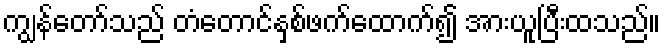
ကျွန်တော်သည် တံတောင်နှစ်ဖက်ထောက်၍ အားယူပြီးထသည်။